Civil Veterinary Department. United Provinces 1932-42 - 1932-1942
Year: 1932
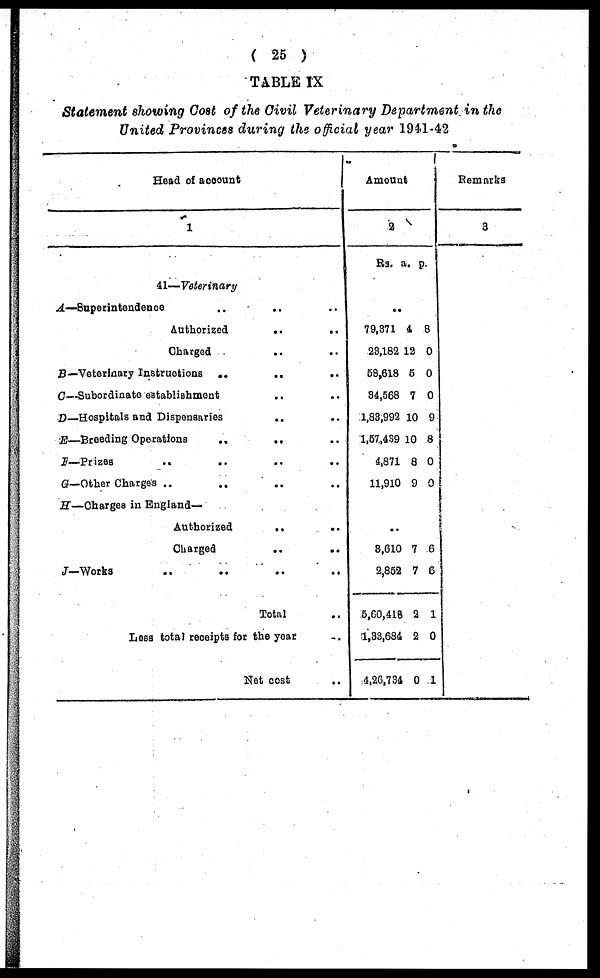
( 25 )
TABLE IX
Statement showing Cost of the Civil Veterinary Department in the
United Provinces during the official year 1941-42
Head of account
1
41—Veterinary
A—Superintendence
..
..
Authorized
.. ..
Charged
..
..
B—Veterinary Instructions
..
..
C—Subordinate establishment
..
D—Hospitals and Dispensaries
..
E—Breeding Operations
..
..
F—Prizes
G—Other Charges ..
„
H—Charges in England—
Authorized
..
..
Charged
J—Works
Total
Less total receipts for the year
Net cost
Amount
2
Rs. a. p.
..
79,371
28,182
58,618
34,568
1,83,992
1,57,439
4,871
11,910
4
12
6
7
10
10
8
9
8
0
0
0
9
8
0
0
..
3,610
2,852
5,60,418
1,33,684
4,26,734
7
7
2
2
0
6
6
1
0
1
Remarks
3